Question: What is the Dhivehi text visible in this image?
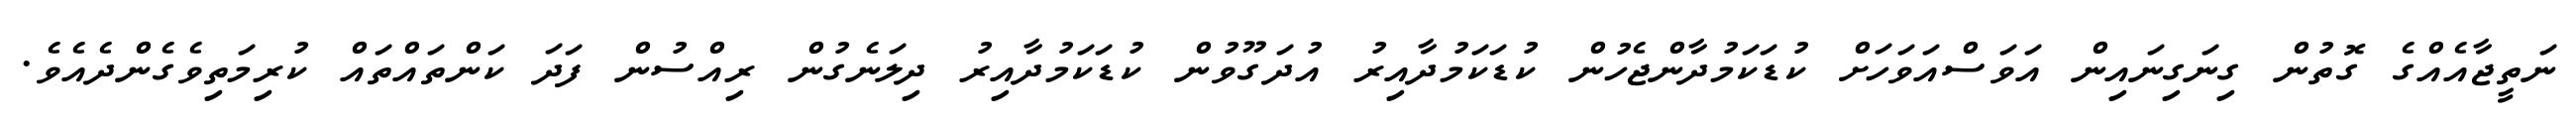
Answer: ނަތީޖާއެއްގެ ގޮތުން ގިނަގިނައިން އަވަސްއަވަހަށް ކުޑަކަމުދާންޖެހުން ކުޑަކަމުދާއިރު އުދަގޫވުން ކުޑަކަމުދާއިރު ދިލަނެގުން ރިއްސުން ފަދަ ކަންތައްތައް ކުރިމަތިވެގެންދެއެވެ.